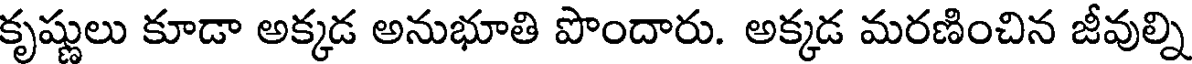
కృష్ణులు కూడా అక్కడ అనుభూతి పొందారు. అక్కడ మరణించిన జీవుల్ని